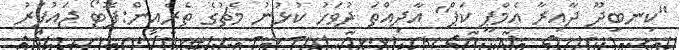
"ކިނބިދޫ ދާއިރާ އެމްޕީ ކަޕް" އާދިއްތަ ދުވަހު ކުޅުނު މެޗުގެ ތެރެއިން:ފޮޓޯ ޖައުފަރު